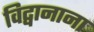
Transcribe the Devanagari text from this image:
विद्वानाना